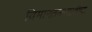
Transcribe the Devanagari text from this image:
विमानतळासाठीचा